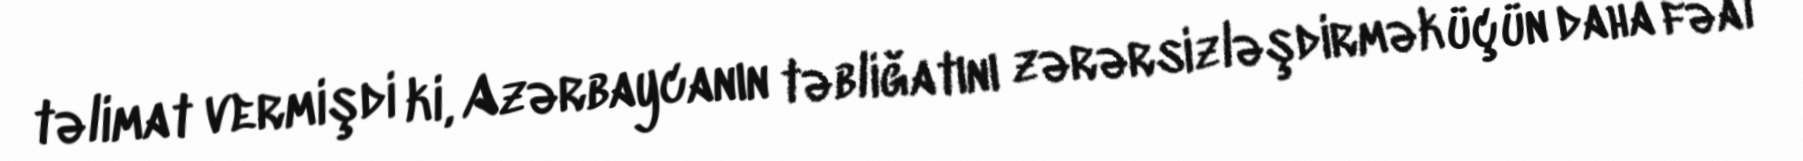
təlimat vermişdi ki, Azərbaycanın təbliğatını zərərsizləşdirmək üçün daha fəal